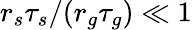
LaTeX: r_{s}\tau_{s}/(r_{g}\tau_{g})\ll 1